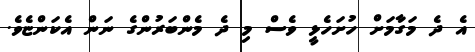
އެ ދެ މަގާމަށް ހުށަހެޅީ ވެސް މި ދެ މެންބަރުންގެ ނަން އެކަންޏެވެ.